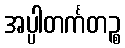
အပ္ပါတင်္ကတဉ္စ